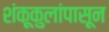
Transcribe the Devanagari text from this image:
शंकूकुलांपासून